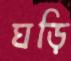
ঘড়ি